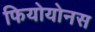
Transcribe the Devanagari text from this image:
फियोयोनस